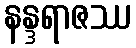
နန္ဒရာဇဿ